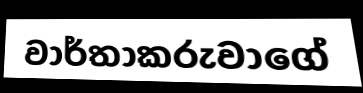
වාර්තාකරුවාගේ